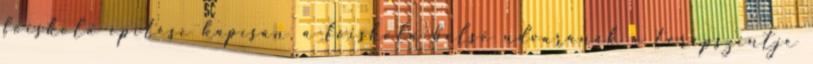
főiskola építése kapcsán, a főiskola belső udvarának a terepszintje